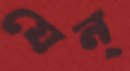
যেন্